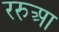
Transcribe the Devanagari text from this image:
ररुआ